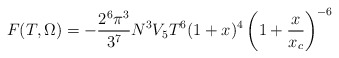
\begin{align*}F (T,\Omega) = -\frac{2^6 \pi^3}{3^7} N^3 V_5 T^6 (1+x)^{4}\left( 1 + \frac{x }{x_c} \right)^{-6}\end{align*}